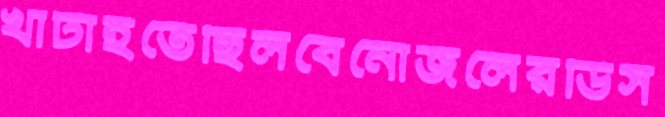
খাটাইতেছিলবেনোজলেরডিস